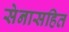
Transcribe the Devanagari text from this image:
सेनासहित